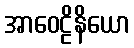
အာဝေဠိနိယော